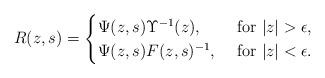
LaTeX: \begin{align*}R(z,s)=\begin{cases}\Psi(z,s)\Upsilon^{-1}(z),&\mbox{ for $|z| > \epsilon$,}\\\Psi(z,s)F(z,s)^{-1},&\mbox{ for $|z| < \epsilon$.}\end{cases}\end{align*}